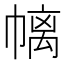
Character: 𱜴